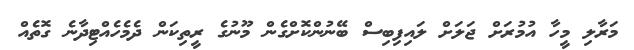
މަރާލި މީހާ އުމުރަށް ޖަލަށް ލައިފިބިސް ބޭނުންކޮށްގެން މޫނުގެ ރީތިކަން ދެމެހެއްޓިދާނެ ގޮތެއް